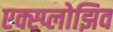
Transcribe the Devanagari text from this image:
एक्स्प्लोझिव